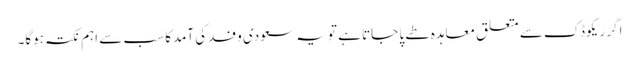
اگر ریکوڈک سے متعلق معاہدہ طے پا جاتا ہے تو یہ سعودی وفدکی آمدکا سب سے اہم نکتہ ہوگا۔